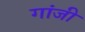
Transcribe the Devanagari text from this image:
गांजी